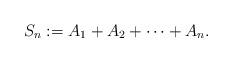
LaTeX: \begin{align*}S_n := A_1+A_2+\dotsb+A_n.\end{align*}